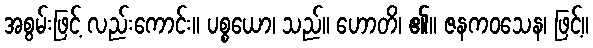
အစွမ်းဖြင့် လည်းကောင်း။ ပစ္စယော၊ သည်။ ဟောတိ၊ ၏။ ဇနကဝသေန၊ ဖြင့်။